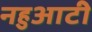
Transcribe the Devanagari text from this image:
नहुआटी